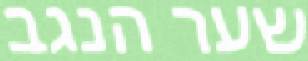
שער הנגב